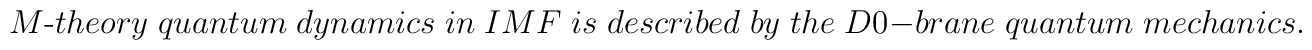
M\mbox{-}theory\; quantum\; dynamics\; in\; IMF\; is\; described \;by\;the\; D0-brane\;quantum\; mechanics.